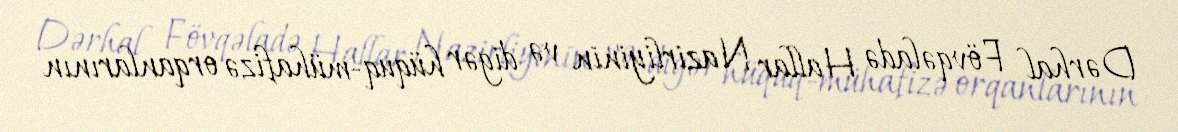
Dərhal Fövqəladə Hallar Nazirliyinin və digər hüquq-mühafizə orqanlarının